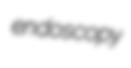
endoscopy